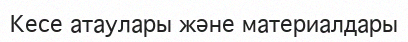
Кесе атаулары және материалдары